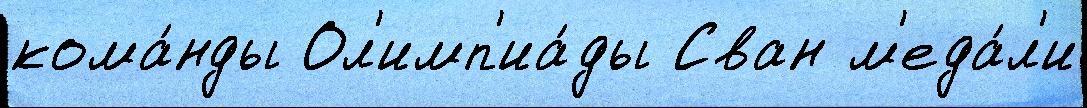
кома́нды Ол'имп'иа́ды Сван м'еда́л'и